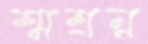
শ্মশ্রম্ন